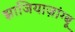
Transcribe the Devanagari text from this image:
झाजियाज़ांग्बू